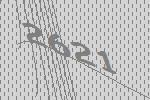
2621